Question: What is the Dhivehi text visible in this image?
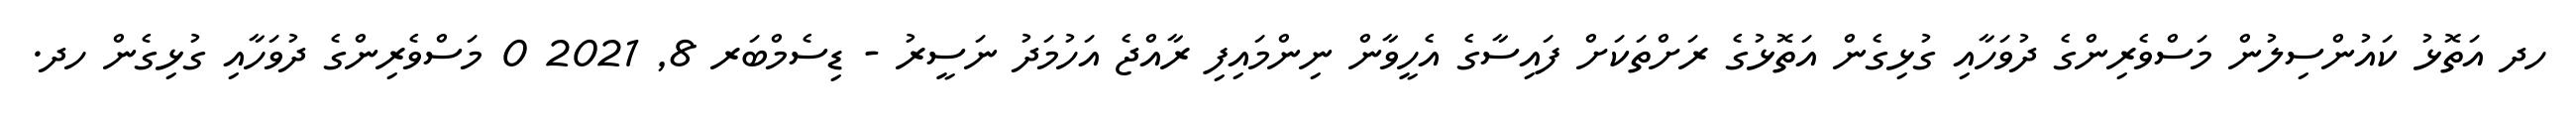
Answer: ހދ އަތޮޅު ކައުންސިލުން މަސްވެރިންގެ ދުވަހާއި ގުޅިގެން އަތޮޅުގެ ރަށްތަކަށް ފައިސާގެ އެހީވާން ނިންމައިފި ރާއްޖެ އަހުމަދު ނަސީރު - ޑިސެމްބަރ 8, 2021 0 މަސްވެރިންގެ ދުވަހާއި ގުޅިގެން ހދ.